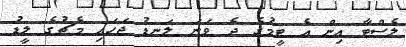
ލެސްޓާ އިން އެ ޓީމުގެ ދެ ވަނަ ލަނޑު ޖަހައި މެޗުގެ ލީޑު